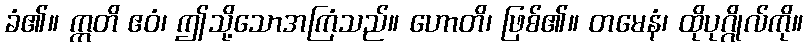
ခံ၏။ ဣတိ ဧဝံ၊ ဤသို့သောအကြံသည်။ ဟောတိ၊ ဖြစ်၏။ တမေနံ၊ ထိုပုဂ္ဂိုလ်ကို။